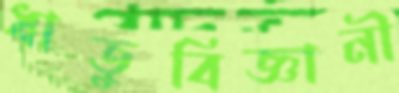
ধাতুবিজ্ঞানী